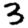
Digit: 3